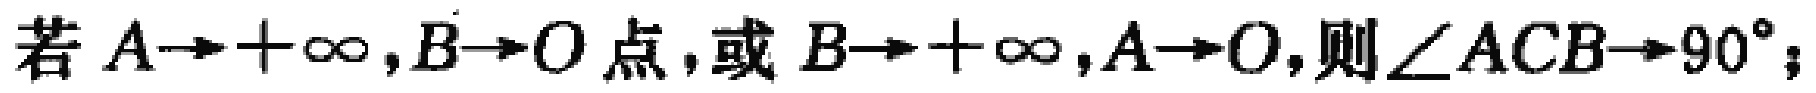
若 \(A\rightarrow+\infty,B\rightarrow O\text{ 点，或 }B\rightarrow+\infty,A\rightarrow O,\text{则 }\angle ACB\rightarrow90^{\circ};\)